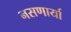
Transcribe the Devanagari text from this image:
नसणार्या